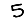
Digit: 5